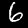
Label: 6